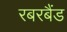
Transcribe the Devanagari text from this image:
रबरबैंड